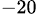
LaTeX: ^{-20}